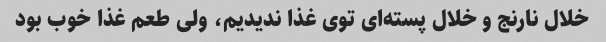
خلال نارنج و خلال پسته‌ای توی غذا ندیدیم، ولی طعم غذا خوب بود